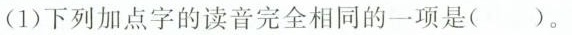
(1)下列加点字的读音完全相同的一项是（）。